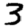
Digit: 3